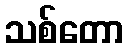
သစ်တော